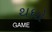
થધો